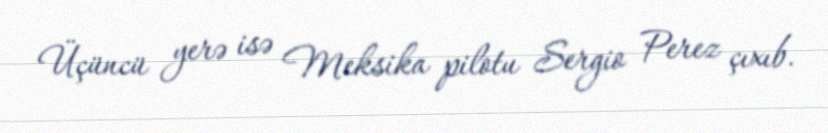
Üçüncü yerə isə Meksika pilotu Sergio Perez çıxıb.